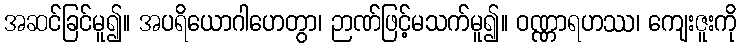
အဆင်ခြင်မူ၍။ အပရိယောဂါဟေတွာ၊ ဉာဏ်ဖြင့်မသက်မူ၍။ ဝဏ္ဏာရဟဿ၊ ကျေးဇူးကို